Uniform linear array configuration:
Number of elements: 4
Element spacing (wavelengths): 0.25
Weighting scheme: hamming
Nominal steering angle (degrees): -15
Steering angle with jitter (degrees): -16.658
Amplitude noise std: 0.05
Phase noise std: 0.05

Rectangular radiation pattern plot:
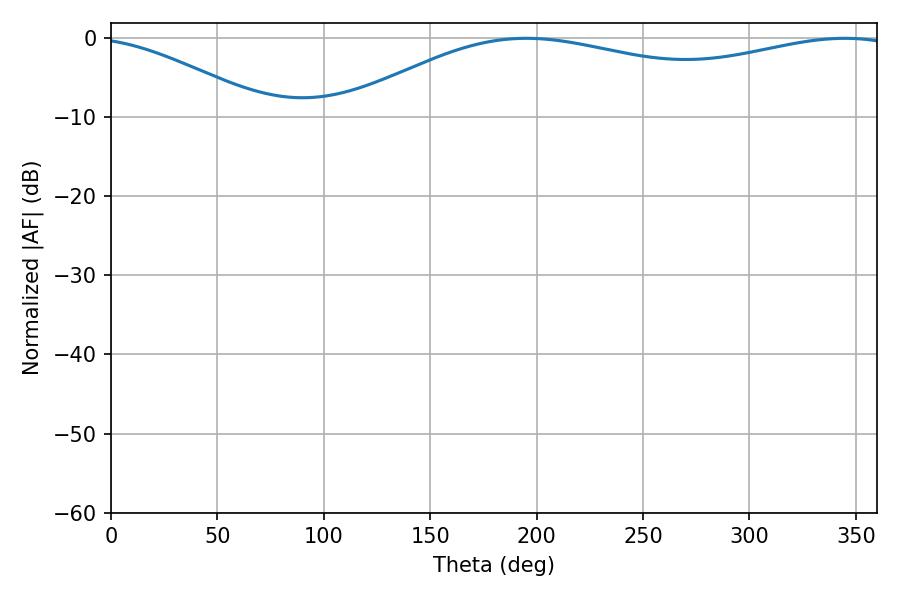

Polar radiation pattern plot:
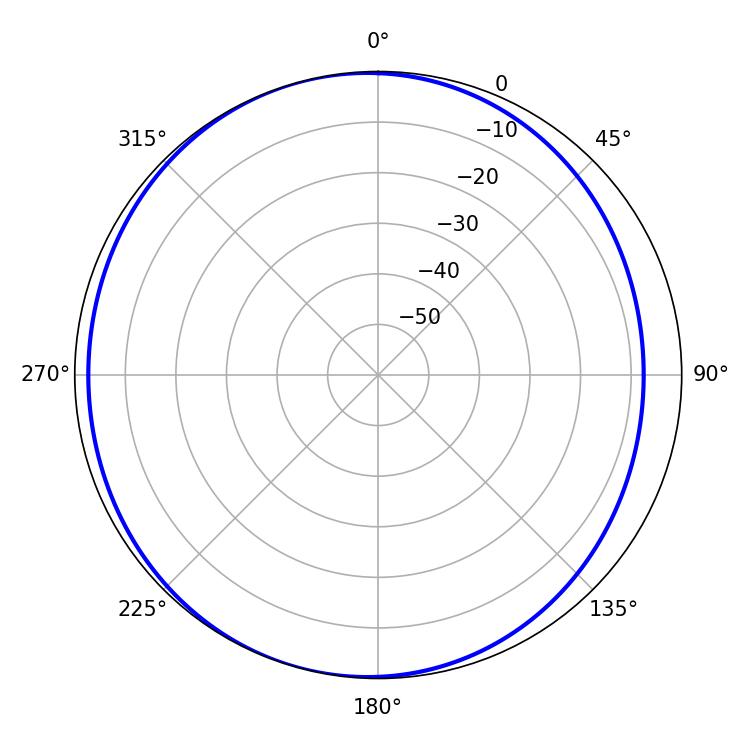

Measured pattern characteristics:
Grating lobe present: FALSE
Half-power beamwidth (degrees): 212.76
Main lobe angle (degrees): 195.12